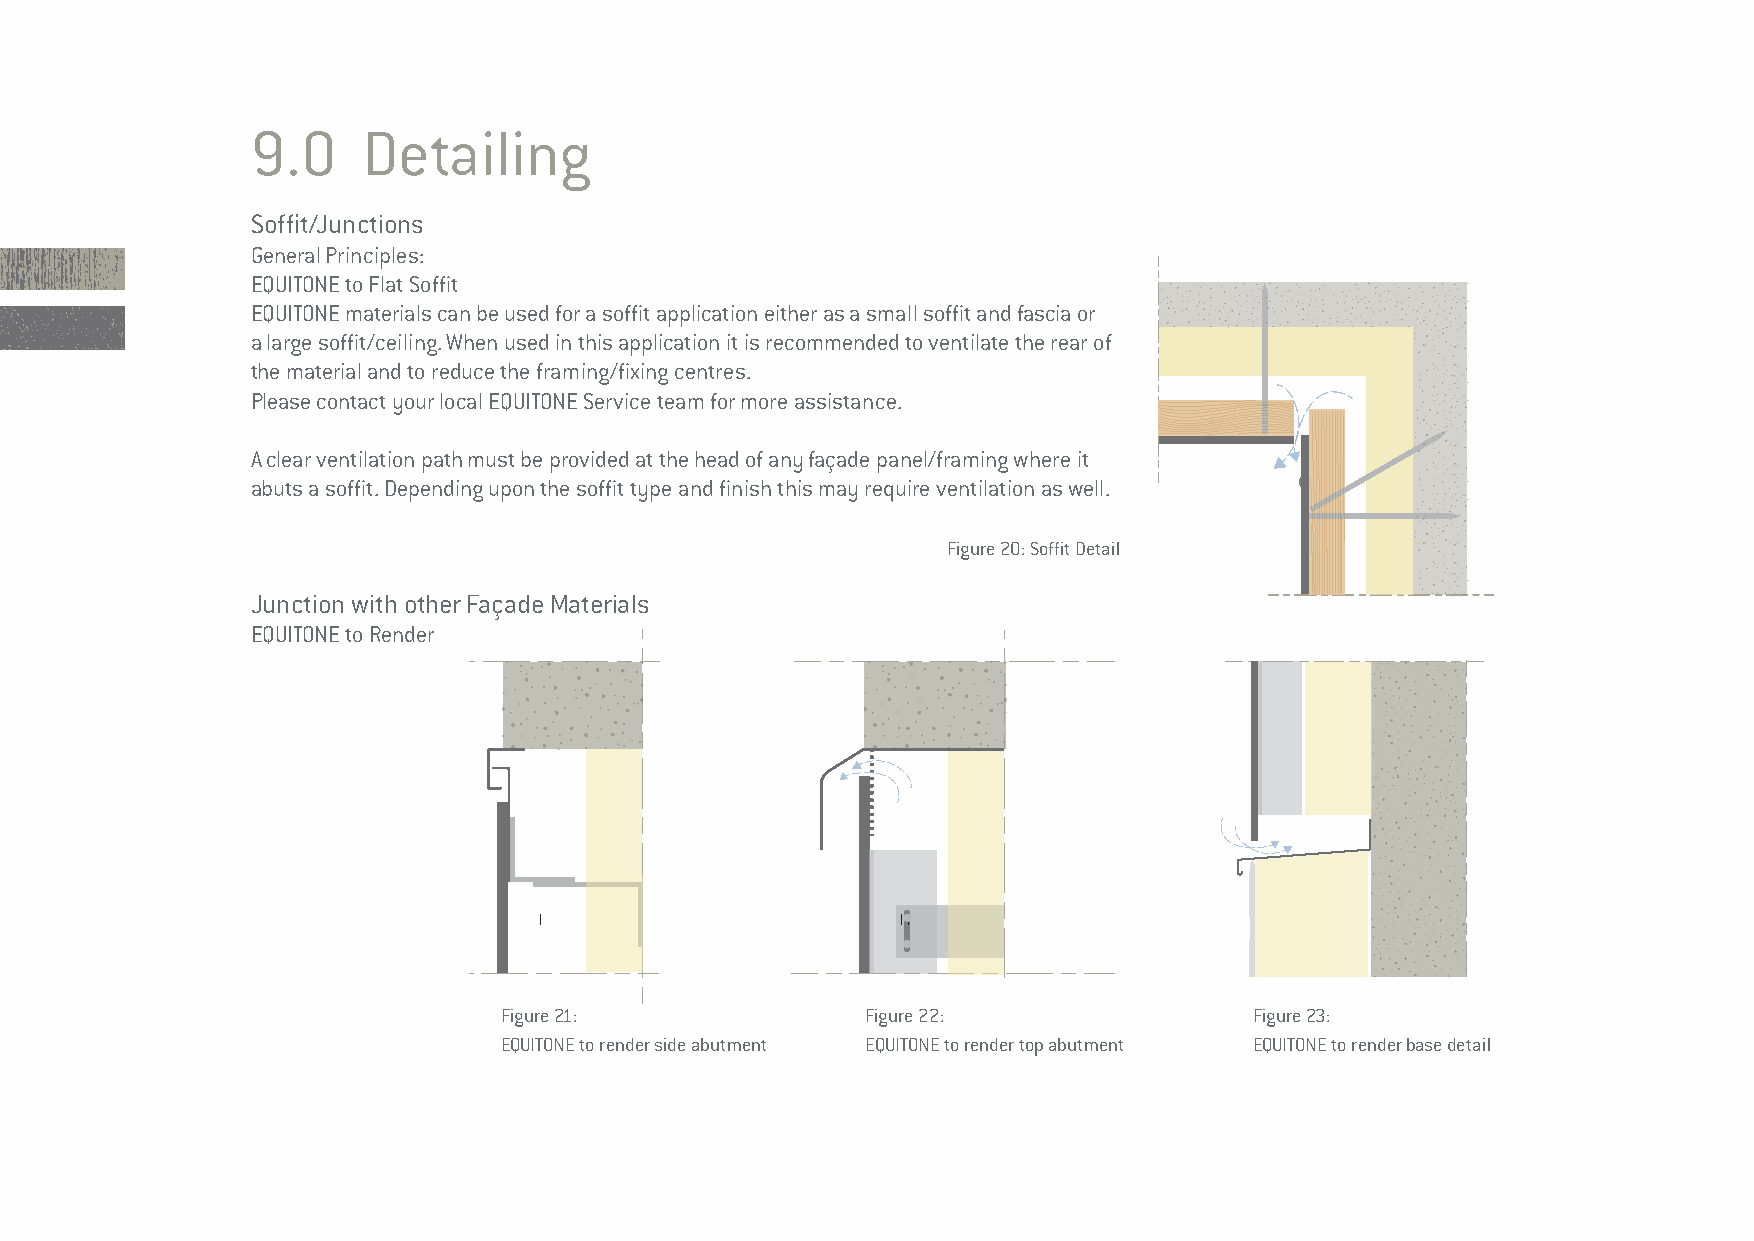
9.0    Detailing
 Soffit/Junctions
 General Principles:
 EQUITONE to Flat Soffit
 EQUITONE materials can be used for a soffit application either as a small soffit and fascia or
 a large soffit/ceiling. When used in this application it is recommended to ventilate the rear of
 the material and to reduce the framing/fixing centres.
 Please contact your local EQUITONE Service team for more assistance.
 A clear ventilation path must be provided at the head of any façade panel/framing where it
 abuts a soffit. Depending upon the soffit type and finish this may require ventilation as well.
 Figure 20: Soffit Detail
 Junction with other Façade Materials
 EQUITONE to Render
 Figure 21:              Figure 22:                Figure 23:
 EQUITONE to render side abutment EQUITONE to render top abutment EQUITONE to render base detail